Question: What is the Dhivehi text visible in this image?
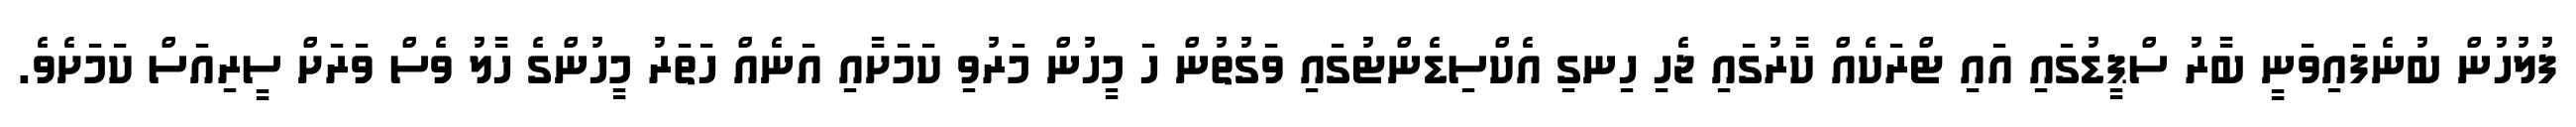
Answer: ފުލުހުން ބުނެފައިވަނީ ބާރު ސްޕީޑުގައި އައި ޓްރަކެއް ކާރުގައި ޖެހި ހިނގި އެކްސިޑެންޓުގައި ވަގުތުން ހަ މީހުން މަރުވި ކަމަށާއި އަނެއް ހަތަރު މީހުންގެ ހާލު ވެސް ވަރަށް ސީރިއަސް ކަމަށެވެ.